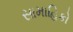
સામાહિકો